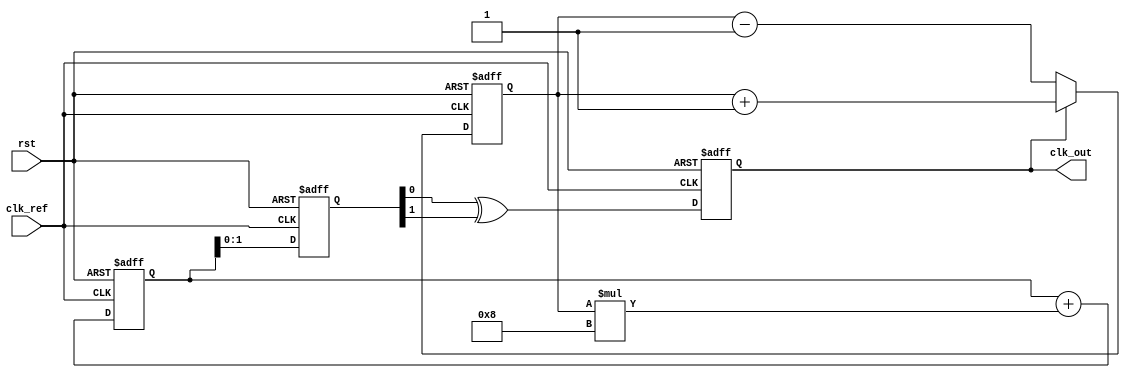
module ADPLL (
    input wire clk_ref,           // Reference clock input
    input wire rst,               // Reset signal
    output wire clk_out           // Output clock signal
);

// Parameters
parameter N = 4;                 // Frequency division factor
parameter PI_GAIN = 8;           // Gain for the PI filter

// Internal signals
reg [N-1:0] freq_div;            // Frequency divider
reg [15:0] phase_error;          // Phase error signal
reg [15:0] control_signal;       // Control signal for VCO
reg vco_clk;                     // VCO clock output
reg [15:0] vco_tuning;           // VCO tuning value
reg [15:0] memory_block [0:15];  // Memory block for tuning values
reg [3:0] state;                 // FSM state

// Phase Detector (PFD)
always @(posedge clk_ref or posedge rst) begin
    if (rst) begin
        phase_error <= 0;
    end else begin
        // Simple phase detection logic
        if (vco_clk) begin
            phase_error <= phase_error + 1;  // Increment on VCO clock
        end else begin
            phase_error <= phase_error - 1;  // Decrement on reference clock
        end
    end
end

// Frequency Divider
always @(posedge clk_ref or posedge rst) begin
    if (rst) begin
        freq_div <= 0;
    end else begin
        freq_div <= freq_div + 1;
    end
end

// Loop Filter (PI Filter)
always @(posedge clk_ref or posedge rst) begin
    if (rst) begin
        control_signal <= 0;
    end else begin
        control_signal <= control_signal + (phase_error * PI_GAIN);
    end
end

// Digital VCO
always @(posedge clk_ref or posedge rst) begin
    if (rst) begin
        vco_tuning <= 0;
        vco_clk <= 0;
    end else begin
        vco_tuning <= control_signal; // Update tuning value
        // Generate VCO clock based on tuning value
        vco_clk <= (vco_tuning[0] ^ vco_tuning[1]); // Simple example of VCO behavior
    end
end

// Output Stage
assign clk_out = vco_clk;

// Memory Block Initialization (for tuning values)
initial begin
    memory_block[0] = 16'h0001;
    memory_block[1] = 16'h0002;
    memory_block[2] = 16'h0003;
    memory_block[3] = 16'h0004;
    // Initialize other memory values as needed
end

// Initialization and Calibration Logic (FSM)
always @(posedge clk_ref or posedge rst) begin
    if (rst) begin
        state <= 0;
    end else begin
        case (state)
            0: begin
                // Initialization state
                // Perform calibration routines if needed
                state <= 1;
            end
            1: begin
                // Calibration complete, move to normal operation
                state <= 2;
            end
            2: begin
                // Normal operation
                // Additional logic can be added here
            end
            default: state <= 0;
        endcase
    end
end

endmodule